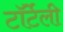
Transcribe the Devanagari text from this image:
टॉर्टेली